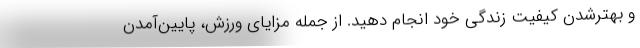
و بهترشدن کیفیت زندگی خود انجام دهید. از جمله مزایای ورزش، پایین‌آمدن